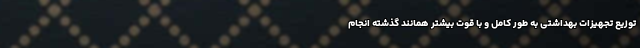
توزیع تجهیزات بهداشتی به طور کامل و با قوت بیشتر همانند گذشته انجام